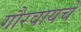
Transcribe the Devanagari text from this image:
गौरवायचे